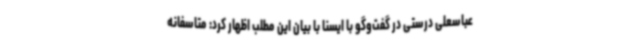
عباسعلی درستی در گفت‌وگو با ایسنا با بیان این مطلب اظهار کرد: متاسفانه